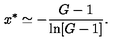
x ^ { * } \simeq - { \frac { G - 1 } { \ln [ G - 1 ] } } .